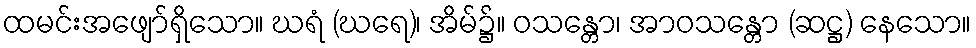
ထမင်းအဖျော်ရှိသော။ ဃရံ (ဃရေ)၊ အိမ်၌။ ဝသန္တော၊ အာဝသန္တော (ဆဋ္ဌ) နေသော။